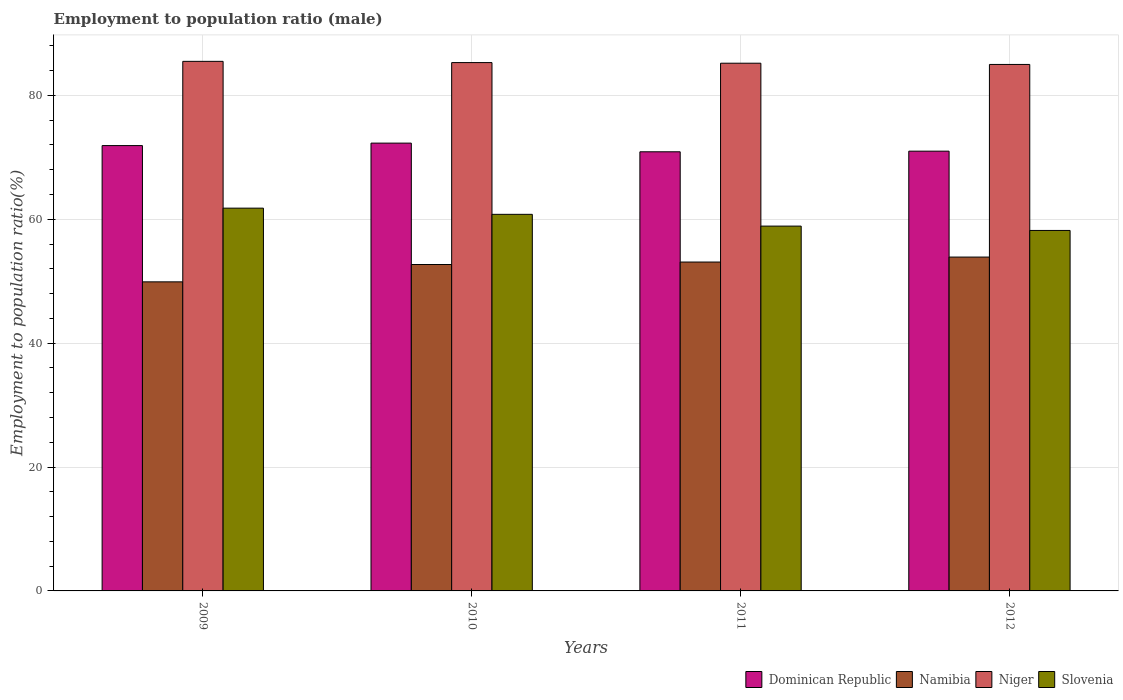
| Years | Dominican Republic | Namibia | Niger | Slovenia |
 | --- | --- | --- | --- | --- |
 | 2009 | 71.9 | 49.9 | 85.5 | 61.8 |
 | 2010 | 72.3 | 52.7 | 85.3 | 60.8 |
 | 2011 | 70.9 | 53.1 | 85.2 | 58.9 |
 | 2012 | 71 | 53.9 | 85 | 58.2 |